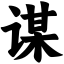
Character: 谋